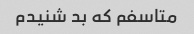
متاسفم که بد شنیدم